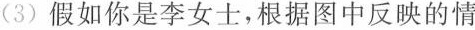
(3)假如你是李女士，根据图中反映的情